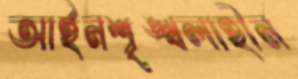
আইনশৃঙ্খলাহীন